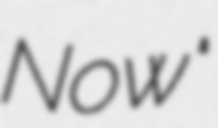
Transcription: Now"